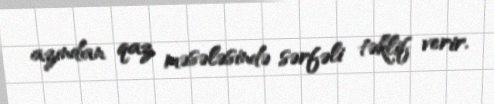
azından qaz məsələsində sərfəli təklif verir.